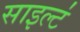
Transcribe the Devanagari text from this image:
साइल्ट॑